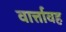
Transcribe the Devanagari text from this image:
वार्त्तावह